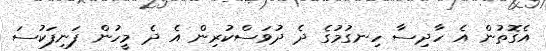
އެގޮތުން އެ ހާދިސާ ހިނގުމުގެ ދެ ދުވަސްކުރިން އެ ދެ މީހުން ފަނިފަކުސަ